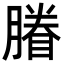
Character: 膡